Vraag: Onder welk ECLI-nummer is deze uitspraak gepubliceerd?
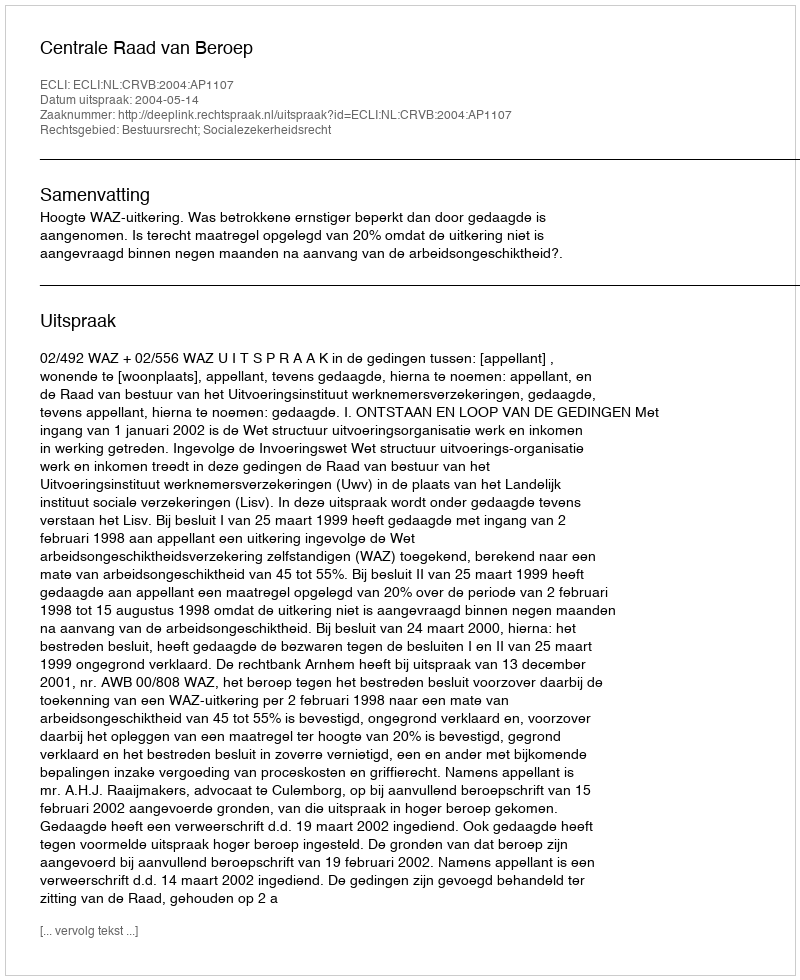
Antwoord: ECLI:NL:CRVB:2004:AP1107